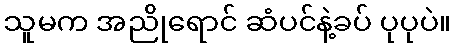
သူမက အညိုရောင် ဆံပင်နဲ့ခပ် ပုပုပဲ။